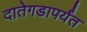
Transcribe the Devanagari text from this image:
दातेगडापर्यंत